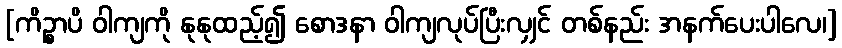
[ကိဉ္စာပိ ဝါကျကို နုနုထည့်၍ စောဒနာ ဝါကျလုပ်ပြီးလျှင် တစ်နည်း အနက်ပေးပါလေ၊]